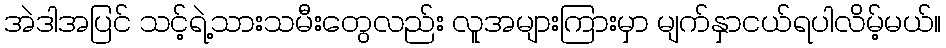
အဲဒါအပြင် သင့်ရဲ့သားသမီးတွေလည်း လူအများကြားမှာ မျက်နှာငယ်ရပါလိမ့်မယ်။